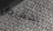
المهرجان